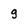
Character: g